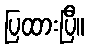
ပြထားပြီ။